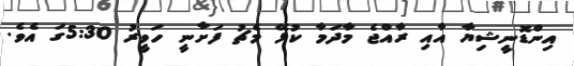
އިންޑޮނީޝިޔާ އާއި ރާއްޖެ މާދަމާ ކުޅޭ މެޗު ފަށާނީ ހަވީރު 5:30ގަ އެވެ.